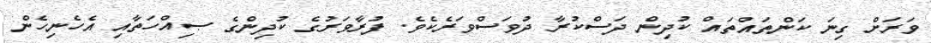
ވަރަށް ގިނަ ކަންތައްތައް ކުދިން ދަސްކުރާ ދުވަސްވަރެކެވެ. ފުރާވަރުގެ ކުދިންގެ ޞިއްހަތާއި އެހެނިހެން